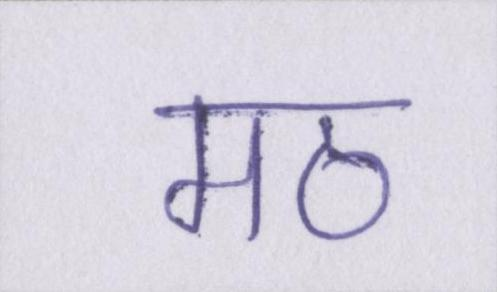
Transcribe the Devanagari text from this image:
मठ